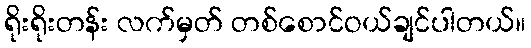
ရိုးရိုးတန်း လက်မှတ် တစ်စောင်ဝယ်ချင်ပါတယ်။